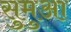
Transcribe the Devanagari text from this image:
सुमुआ